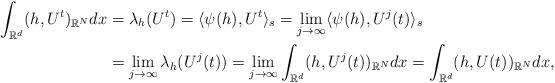
LaTeX: \begin{align*}\int_{\mathbb{R}^{d}}(h,U^{t})_{\mathbb{R}^{N}}dx&=\lambda_{h}(U^{t})=\langle\psi(h),U^{t}\rangle_{s}=\lim_{j\rightarrow\infty}\langle\psi(h),U^{j}(t)\rangle_{s}\\&=\lim_{j\rightarrow\infty}\lambda_{h}(U^{j}(t))=\lim_{j\rightarrow\infty}\int_{\mathbb{R}^{d}}(h,U^{j}(t))_{\mathbb{R}^{N}}dx=\int_{\mathbb{R}^{d}}(h,U(t))_{\mathbb{R}^{N}}dx,\end{align*}